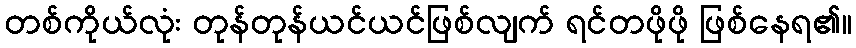
တစ်ကိုယ်လုံး တုန်တုန်ယင်ယင်ဖြစ်လျက် ရင်တဖိုဖို ဖြစ်နေရ၏။